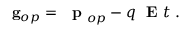
{ \bf g } _ { o p } = \mathrm { ~ \bf ~ p ~ } _ { o p } - q \mathrm { ~ \bf ~ E ~ } t \; .